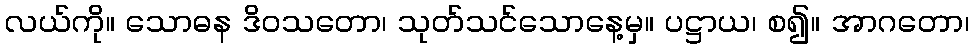
လယ်ကို။ သောဓန ဒိဝသတော၊ သုတ်သင်သောနေ့မှ။ ပဋ္ဌာယ၊ စ၍။ အာဂတော၊